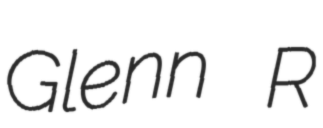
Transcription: Glenn R